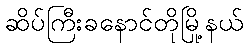
ဆိပ်ကြီးခနောင်တိုမြို့နယ်